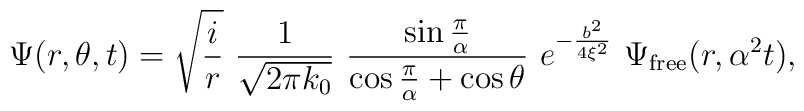
\Psi(r,\theta,t)=\sqrt{{i \over r}}\,\,{1\over\sqrt{2\pi k_0}}\,\,{\sin{\pi\over\alpha}\over\cos{\pi\over\alpha}+\cos\theta}\,\,e^{-{b^2\over4\xi^2}}\,\,\Psi_{{\rm{free}}}(r,\alpha^2 t),